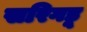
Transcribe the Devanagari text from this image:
सरिगडू